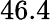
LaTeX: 46.4